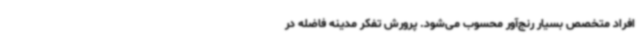
افراد متخصص بسیار رنج‌آور محسوب می‌شود. پرورش تفکر مدینه فاضله در